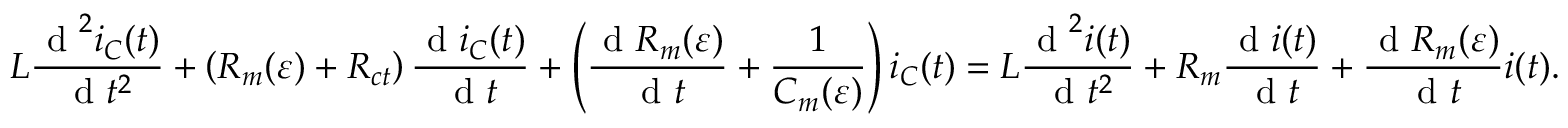
L \frac { \textrm { d } ^ { 2 } i _ { C } ( t ) } { \textrm { d } t ^ { 2 } } + \left( R _ { m } ( \varepsilon ) + R _ { c t } \right) \frac { \textrm { d } i _ { C } ( t ) } { \textrm { d } t } + \left( \frac { \textrm { d } R _ { m } ( \varepsilon ) } { \textrm { d } t } + \frac { 1 } { C _ { m } ( \varepsilon ) } \right) i _ { C } ( t ) = L \frac { \textrm { d } ^ { 2 } i ( t ) } { \textrm { d } t ^ { 2 } } + R _ { m } \frac { \textrm { d } i ( t ) } { \textrm { d } t } + \frac { \textrm { d } R _ { m } ( \varepsilon ) } { \textrm { d } t } i ( t ) .